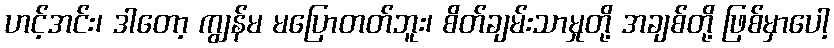
ဟင့်အင်း၊ ဒါတော့ ကျွန်မ မပြောတတ်ဘူး၊ စိတ်ချမ်းသာမှုတို့ အချစ်တို့ ဖြစ်မှာပေါ့